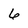
Character: 6